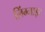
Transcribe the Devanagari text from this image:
लिंग्नाइट